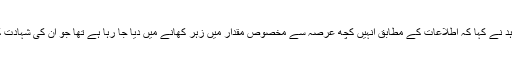
ذکراللہ مجاہد نے کہا کہ اطلاعات کے مطابق انہیں کچھ عرصہ سے مخصوص مقدار میں زہر کھانے میں دیا جا رہا ہے تھا جو ان کی شہادت کی وجہ بنا۔